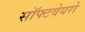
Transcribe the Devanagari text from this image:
सॉफ्टवेयरो